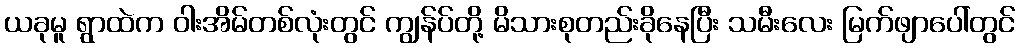
ယခုမူ ရွာထဲက ဝါးအိမ်တစ်လုံးတွင် ကျွန်ပ်တို့ မိသားစုတည်းခိုနေပြီး သမီးလေး မြက်ဖျာပေါ်တွင်